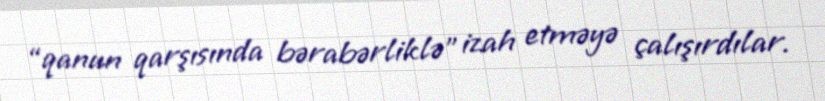
“qanun qarşısında bərabərliklə” izah etməyə çalışırdılar.